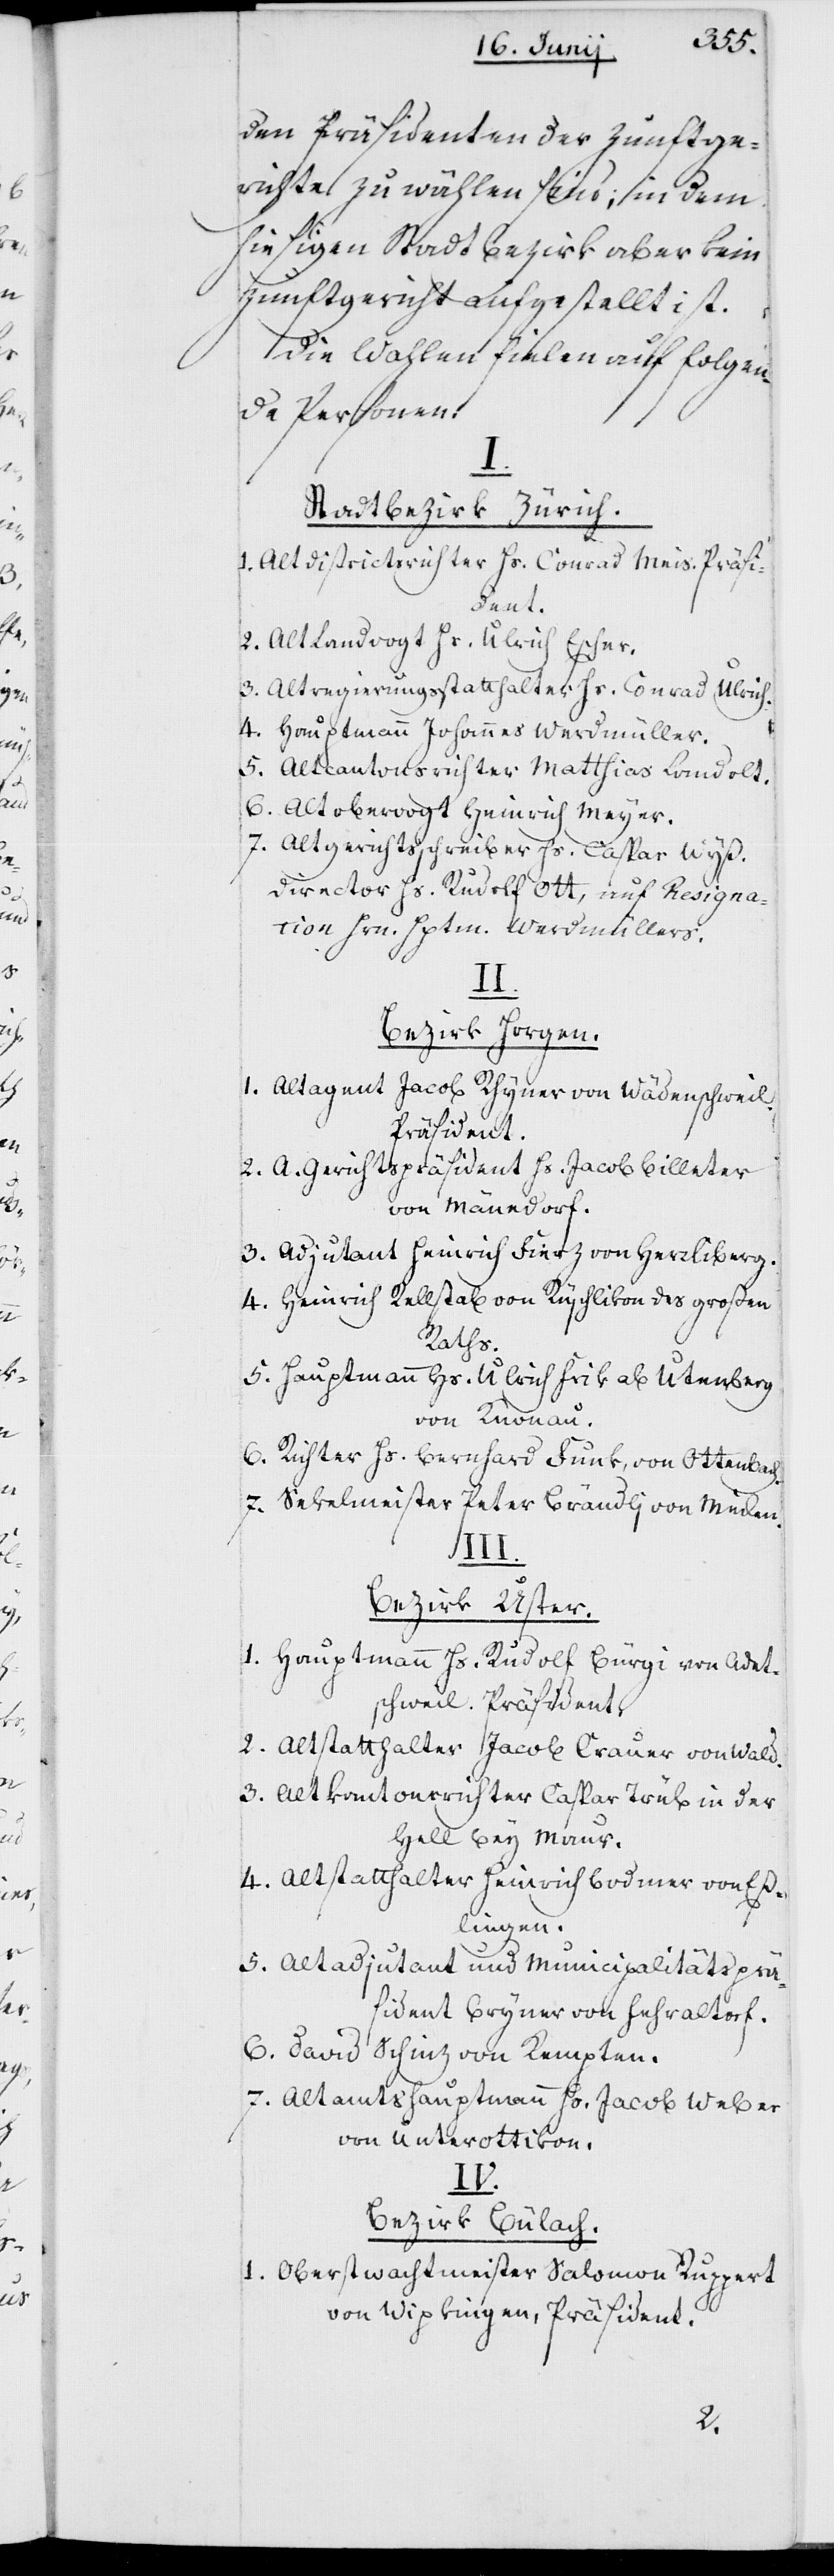
den Präsidenten der Zunftge¬
richte zu wählen sind, in dem
hiesigen Stadtbezirk aber kein
Zunftgericht aufgestellt ist.
Die Wahlen fielen auf folgen¬
de Personen:
I.
Stadtbezirk Zürich.
1. Alt Districtsrichter Hs. Conrad Meis, Präsi¬
dent.
2. Alt Landvogt Hs. Ulrich Escher.
3. Altregierungsstatthalter Hs. Conrad Ulrich.
4. Hauptmann Johannes Werdmüller.
5. Altkantonsrichter Matthias Landolt.
6. Altobervogt Heinrich Meyer.
7. Altgerichtsschreiber Hs. Caspar Wyß.
Director Hs. Rudolf Ott, auf Resigna¬
tion Hrn. Hptm. Werdmüllers.
II.
Bezirk Horgen.
1. Altagent Jacob Rhyner von Wädenschweil,
Präsident.
2. A. Gerichtspräsident Hs. Jacob Billeter
von Mänedorf.
3. Adjutant Heinrich Fierz von Herrliberg.
4. Heinrich Rellstab von Rüschlikon, des Großen
Raths.
5. Hauptmann Hs. Ulrich Frik ab Utenberg
von Knonau.
6. Richter Hs. Bernhard Funk, von Ottenbach.
7. Sekelmeister Peter Brändlj von Meilen.
Bezirk Uster.
1. Hauptmann Hs. Rudolf Bürgi von Adet¬
schweil. Präsident.
2. Altstatthalter Jacob Crauer von Wald.
3. Altkantonsrichter Caspar Trüb in der
Hell bey Maur.
4. Altstatthalter Heinrich Bodmer von Eß¬
lingen.
5. Altadjutant und Municipalitätsprä¬
sident Bryner von Fehraltorf.
6. David Schinz von Kempten.
7. Altamtshauptmann Hs. Jacob Weber
von Unterottikon.
IV.
Bezirk Bülach.
1. Oberstwachtmeister Salomon Ruppert
von Wipkingen, Präsident.